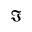
\Im